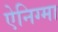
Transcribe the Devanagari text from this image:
ऐनिग्मा